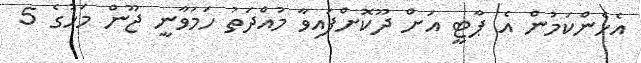
އެހެންކަމުން އެ ޕާޓީ އަށް ދޫކޮށްފައިވާ މުއްދަތު ހަމަވާނީ ޖޫން މަހުގެ 5